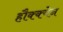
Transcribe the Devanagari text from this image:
हौक्क्येन